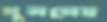
খুললেম